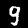
Digit: 9